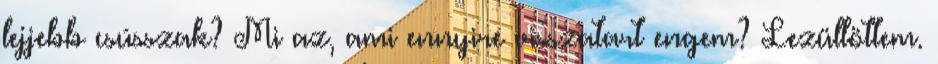
lejjebb csússzak? Mi az, ami ennyire visszatart engem? Lezüllöttem.